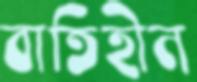
বাতিহীন